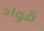
قواد